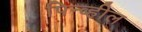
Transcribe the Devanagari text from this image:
पिन्व्हील